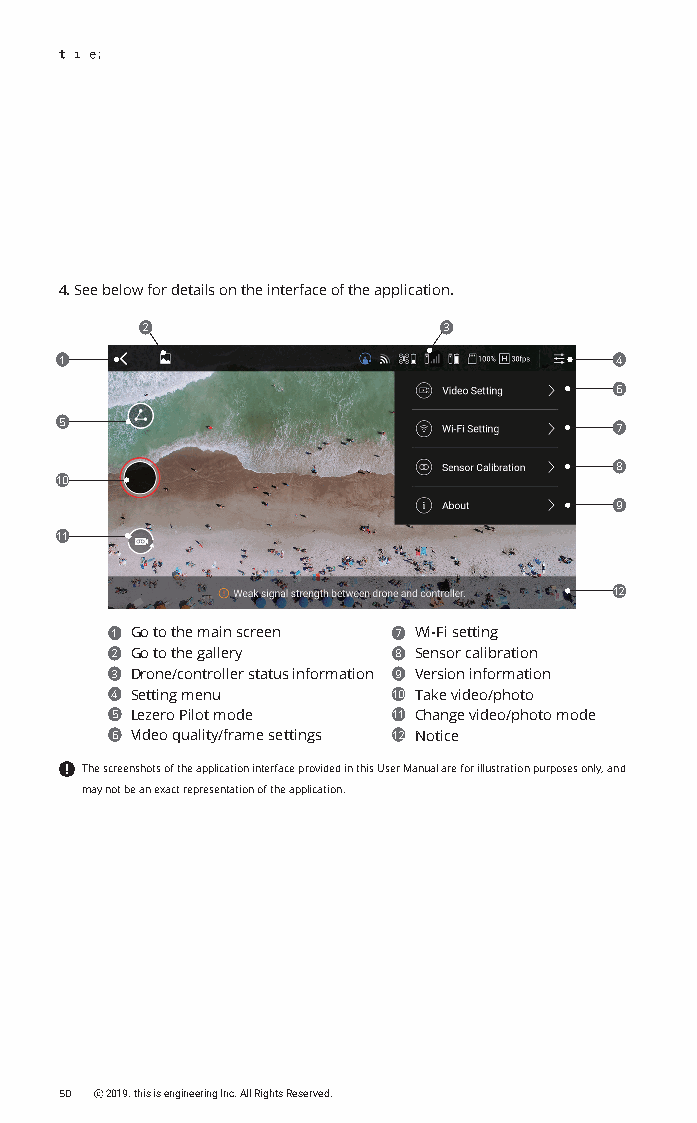
4. See below for details on the interface of the application.
 2                   3
 1                                    4
 6
 5                                    7
 8
 10
 9
 11
 12
 1 Go to the main screen 7 Wi-Fi setting
 2 Go to the gallery 8 Sensor calibration
 3 Drone/controller status information 9 Version information
 4 Setting menu     10 Take video/photo
 5 Lezero Pilot mode 11 Change video/photo mode
 6 Video quality/frame settings 12 Notice
 The screenshots of the application interface provided in this User Manual are for illustration purposes only, and
 may not be an exact representation of the application.
 50 ⓒ 2019. this is engineering Inc. All Rights Reserved.